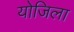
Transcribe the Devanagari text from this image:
योजिला